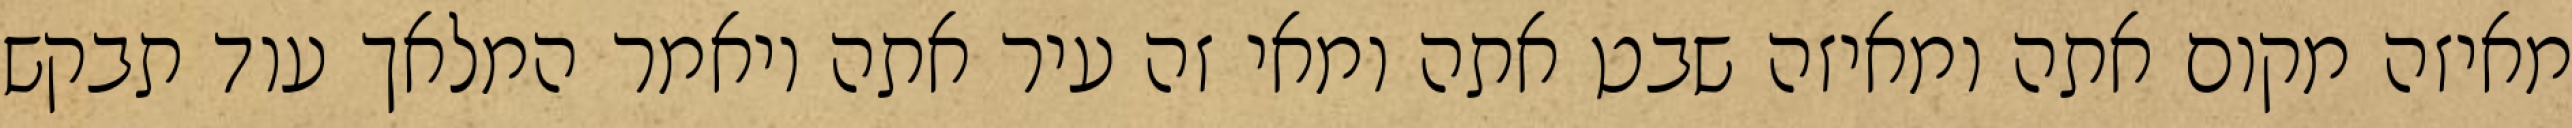
מאיזה מקום אתה ומאיזה שבט אתה ומאי זה עיר אתה ויאמר המלאך עוד תבקש